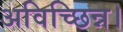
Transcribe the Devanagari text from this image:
अविच्छिन्न।